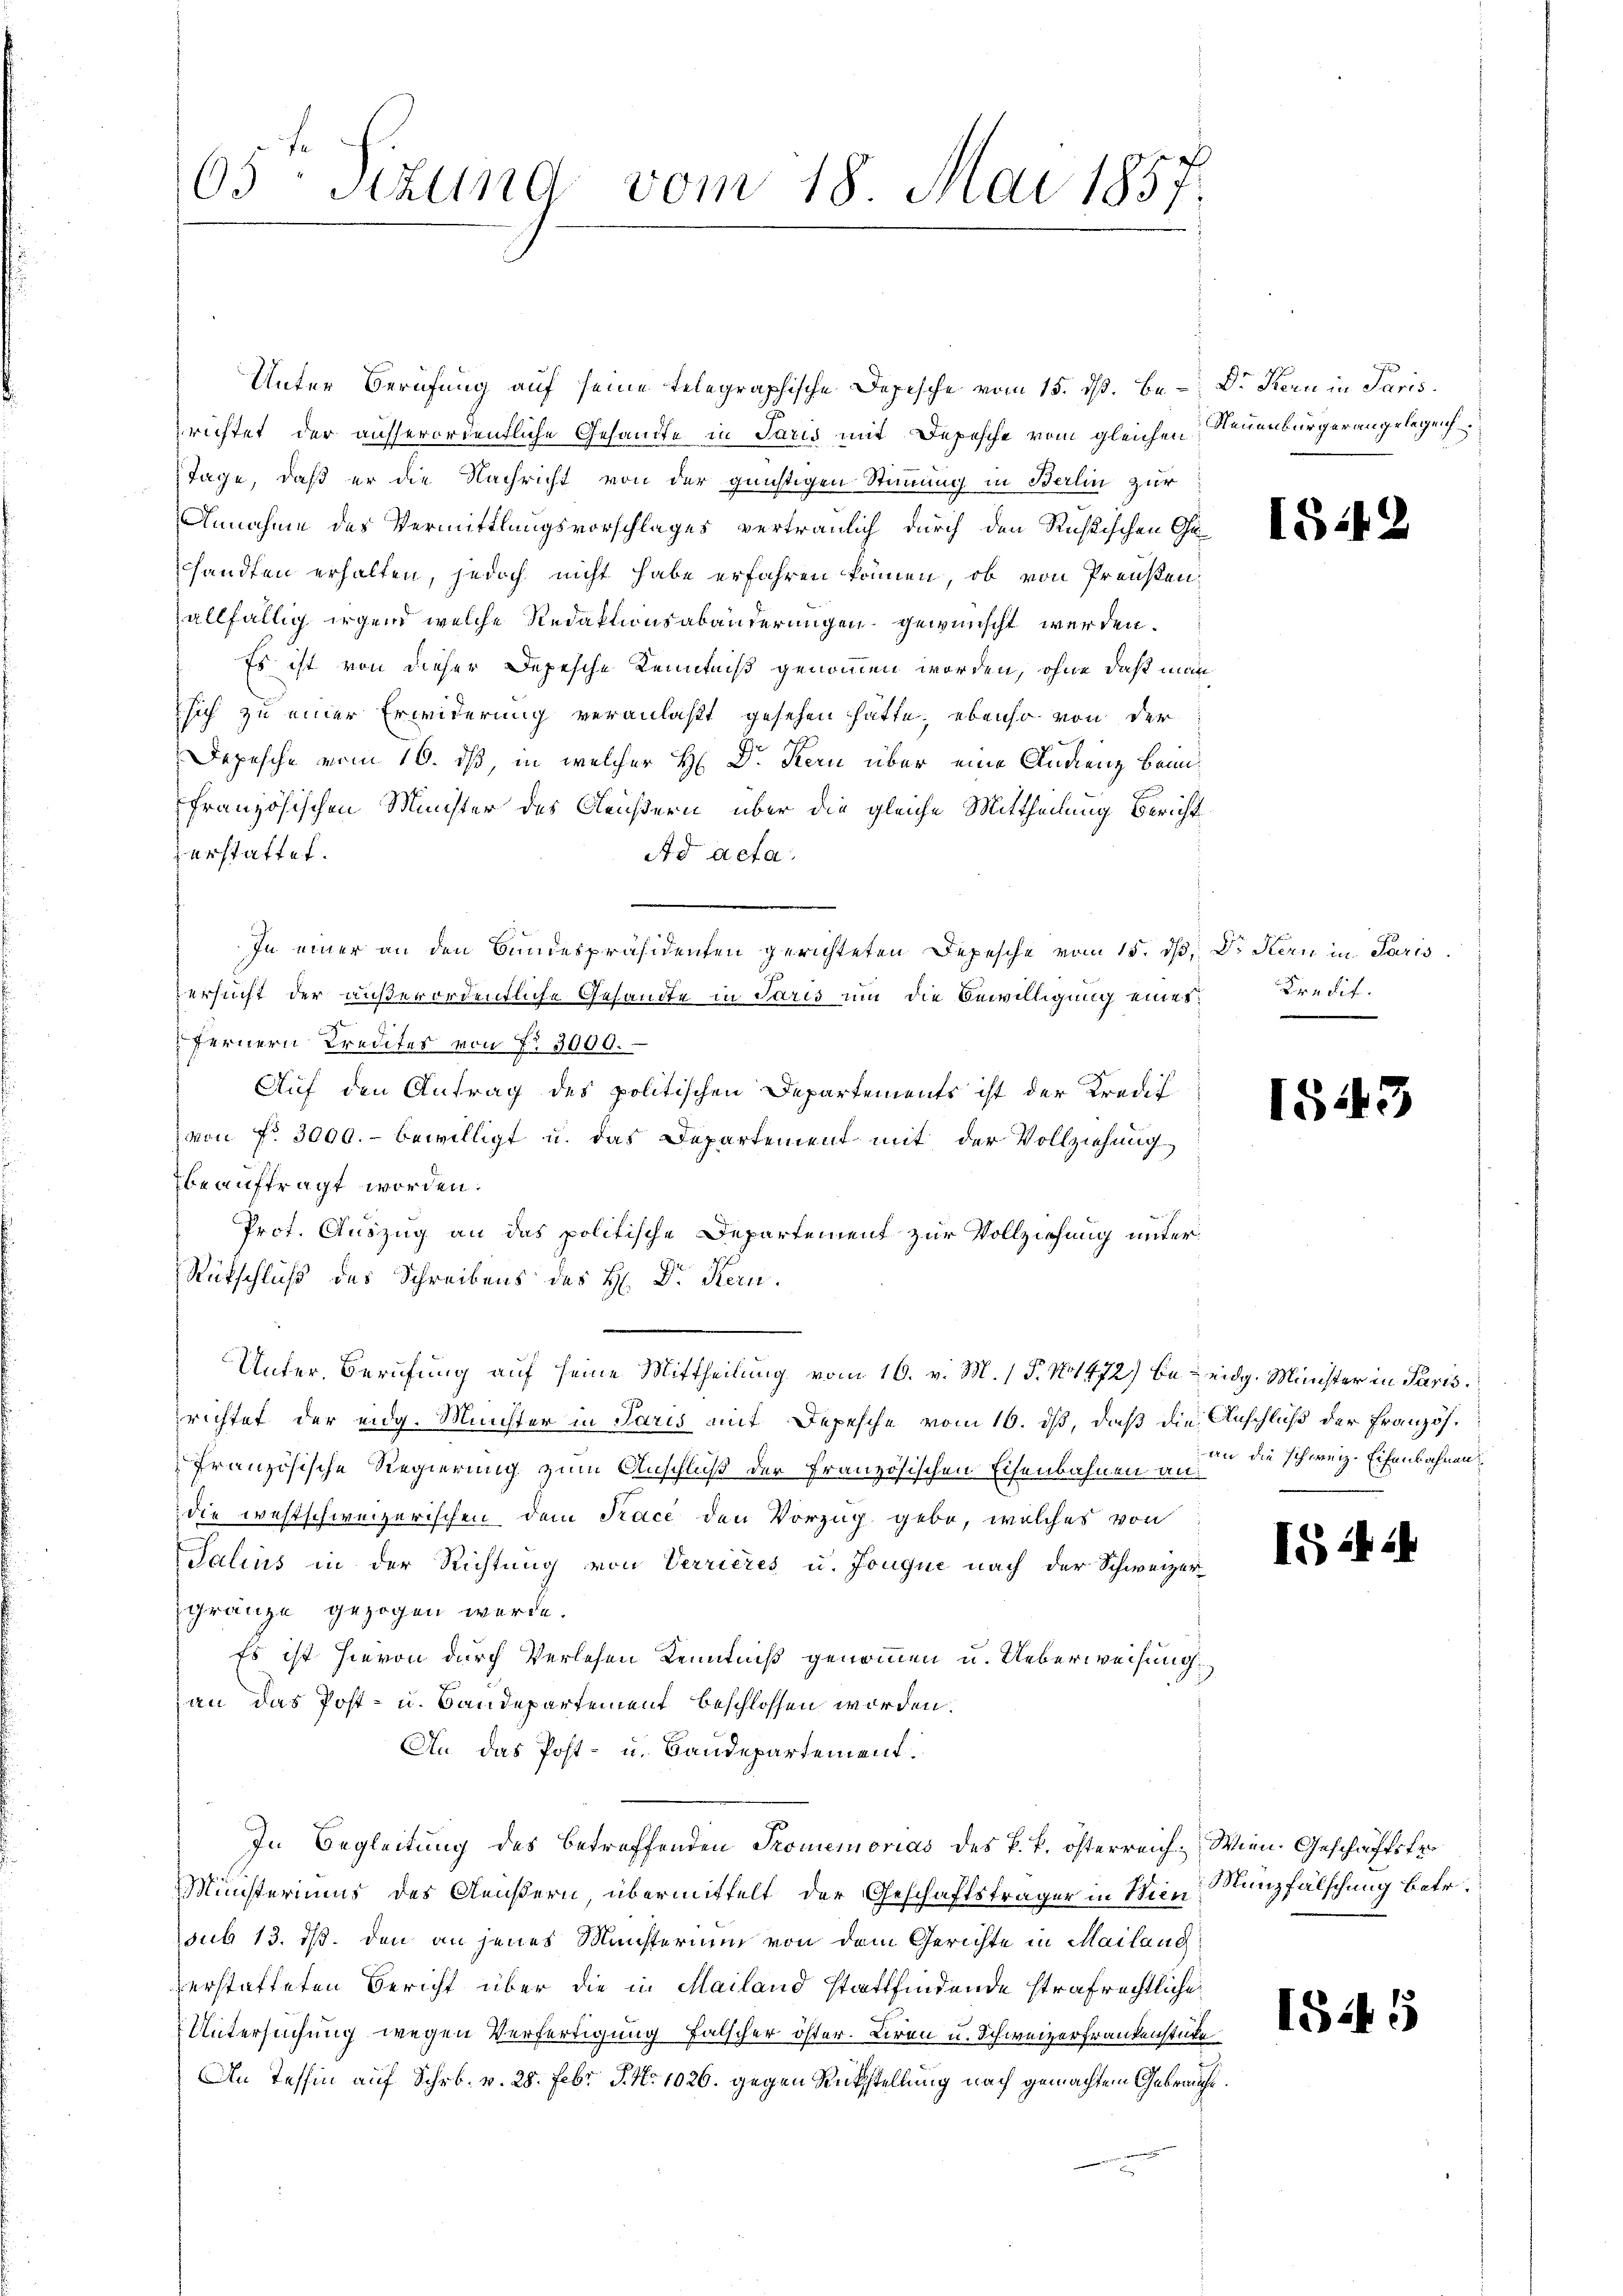
65. Sizung vom 18. Mai 1857.

Unter Berufung auf seine telegraphische Depesche vom 15. dß. Be- Dr. Kern in Paris
richtet der ausserordentliche Gesandte in Paris mit Depesche vom gleichen Neuenburger angelegen
Tage, daß er die Nachricht von der günstigen Stimmung in Berlin zur
Annahme des Vermittlungsvorschlages vertraulich durch den Rußischen Gesandten erhalten, jedoch nicht habe erfahren können, ob von Preußenallfällig irgend welche Redaktionsabänderungen gewünscht werden.
Es ist von dieser Depesche Kenntniß genommen worden, ohne daß man
sich zu einer Erwiderung veranlaßt gesehen hätte, ebenso von der
Depesche vom 16. ds, in welcher H. Dr. Kern über eine Andenz beim
französischen Minister des Bleußern über die gleiche Mittheilung Bericht
erstattet.
Ad acta.
In einer an den Bundespräsidenten gerichteten Depesche vom 15. dβ, Dr. Kern in Paris
versucht der außerordentliche Gesandte in Paris um die Bewilligung eines
fernern Kredites von No 3000.
Auf den Antrag des politischen Departements ist der Kredif
von fr. 3000.- bewilligt u. das Departement mit der Vollziehung
beauftragt worden.
Prot. Auszug an das politische Departement zur Vollziehung unter¬
Rütschluß des Schreibens des H. Dr Kern.
Unter, Berufung auf seine Mittheilung vom 16. v. M. (§. 11472) be- eidg. Minister in Paris
richtet der eidg. Münster in Paris mit Depesche vom 10. ds, daß die Anschluß der Französ.
französische Regierung zum Anschluß der Französischen Eisenbahnen und die schweiz. Eisenbahnen
die westschweizerischen dem Trace den Vorzug gebe, welches von
Talins in der Richtung von Verrieres u. Jouque nach der Schweizer-
gränze gezogen werde.
Es ist hievon durch Verlesen Kenntniß genommen u. Ueberweisung,
an das Post- u. Bandepartement beschlossen worden.
An das Post- u. Baudepartement.
In Begleitung des betreffenden Promemorias des k. k. österreich. Wien Geschäftste
Ministeriums des Aeußern übermittelt der Geschäftsträger in Wien
sub 13. ds. den an jenes Münsterium von dem Gerichte in Mailang
verstatteten Bericht über die in Mailand stattfindende strafrechtliche
Untersuchung wegen Verfertigung falscher öster. Liren u. Schweizerfrankenstücke
An Tessin auf Schr. v. 28. Febr. J. No 1026. gegen Rückstellung nach gemachtem Gebrauche

1549

Kredit.

1543

182

Münzfälschung betr.

1545